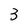
Character: 3